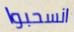
انسحبوا